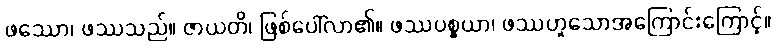
ဖဿော၊ ဖဿသည်။ ဇာယတိ၊ ဖြစ်ပေါ်လာ၏။ ဖဿပစ္စယာ၊ ဖဿဟူသောအကြောင်းကြောင့်။